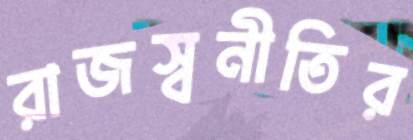
রাজস্বনীতির